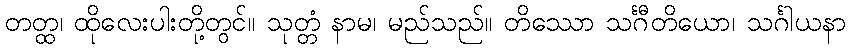
တတ္ထ၊ ထိုလေးပါးတို့တွင်။ သုတ္တံ နာမ၊ မည်သည်။ တိဿော သင်္ဂီတိယော၊ သင်္ဂါယနာ